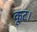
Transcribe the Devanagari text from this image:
कूट।